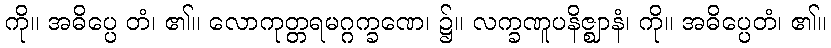
ကို။ အဓိပ္ပေ တံ၊ ၏။ လောကုတ္တရမဂ္ဂက္ခဏေ၊ ၌။ လက္ခဏူပနိဇ္ဈာနံ၊ ကို။ အဓိပ္ပေတံ၊ ၏။